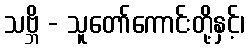
သဗ္ဘိ - သူတော်ကောင်းတို့နှင့်၊